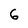
Character: 6